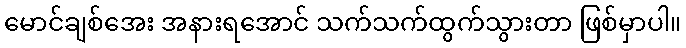
မောင်ချစ်အေး အနားရအောင် သက်သက်ထွက်သွားတာ ဖြစ်မှာပါ။